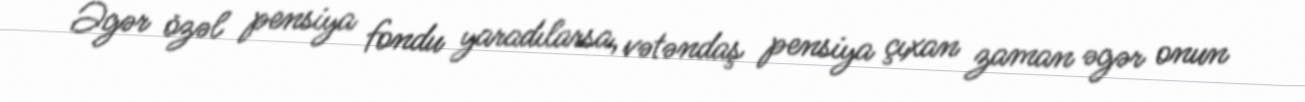
Əgər özəl pensiya fondu yaradılarsa, vətəndaş pensiya çıxan zaman əgər onun